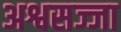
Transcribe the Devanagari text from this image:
अश्वसज्जा